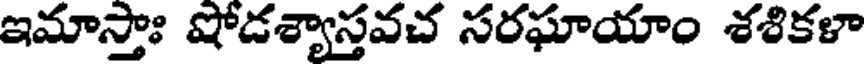
ఇమాస్తాః షోడశ్యాస్తవచ సరఘాయాం శశికళా